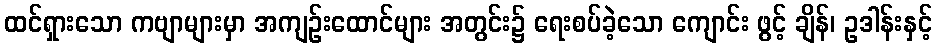
ထင်ရှားသော ကဗျာများမှာ အကျဉ်းထောင်များ အတွင်း၌ ရေးစပ်ခဲ့သော ကျောင်း ဖွင့် ချိန်၊ ဥဒါန်းနှင့်